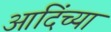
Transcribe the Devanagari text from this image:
आदिंच्या